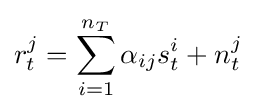
r_{t}^{j}=\sum _{i=1}^{n_{T}}\alpha _{ij}s_{t}^{i}+n_{t}^{j}